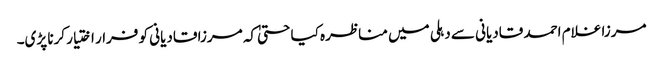
مرزا غلام احمد قادیانی سے دہلی میں مناظرہ کیا حتیٰ کہ مرزا قادیانی کو فرار اختیار کرنا پڑی۔